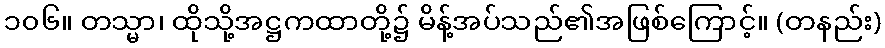
၁၀၆။ တသ္မာ၊ ထိုသို့အဋ္ဌကထာတို့၌ မိန့်အပ်သည်၏အဖြစ်ကြောင့်။ (တနည်း)